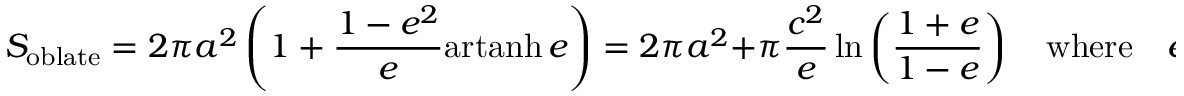
S _ { \mathrm { { o b l a t e } } } = 2 \pi a ^ { 2 } \left( 1 + { \frac { 1 - e ^ { 2 } } { e } } { \mathrm { a r t a n h } } \, e \right) = 2 \pi a ^ { 2 } + \pi { \frac { c ^ { 2 } } { e } } \ln \left( { \frac { 1 + e } { 1 - e } } \right) \quad { \mathrm { w h e r e } } \quad e ^ { 2 } = 1 - { \frac { c ^ { 2 } } { a ^ { 2 } } } .